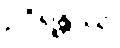
ဥဂ္ဂိရန္တဿ